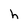
Character: h